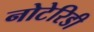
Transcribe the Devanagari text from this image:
नोटेरिडी